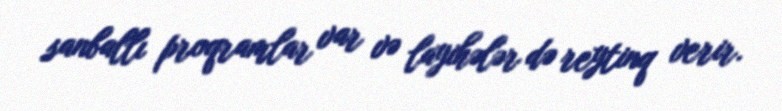
sanballı proqramlar var və layihələr də reytinq verir.